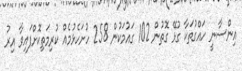
އިންސާނީ ހައްގުތަކާ ގުޅޭ ގޮތުން 102 ގައުމަކުން 258 ހުށަހެޅުމެއް ކުރިމަތިކޮށްފައިވާ އިރު